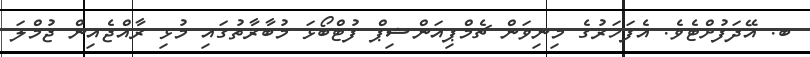
ބ. އޭދަފުށްޓެވެ. އެފަހަރުގެ މިނިވަން ޗެމްޕިއަންޝިޕް ފުޓްބޯޅަ މުބާރާތުގައި މުޅި ރާއްޖެއިން ޖުމްލަ